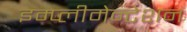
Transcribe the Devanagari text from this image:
इम्प्लीमेन्टेशन